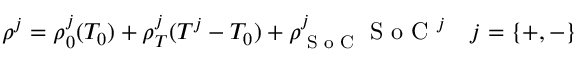
\rho ^ { j } = \rho _ { 0 } ^ { j } ( T _ { 0 } ) + \rho _ { T } ^ { j } ( T ^ { j } - T _ { 0 } ) + \rho _ { \textrm { S o C } } ^ { j } \textrm { S o C } ^ { j } \quad j = \{ + , - \}